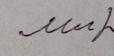
Signature authenticity: forged